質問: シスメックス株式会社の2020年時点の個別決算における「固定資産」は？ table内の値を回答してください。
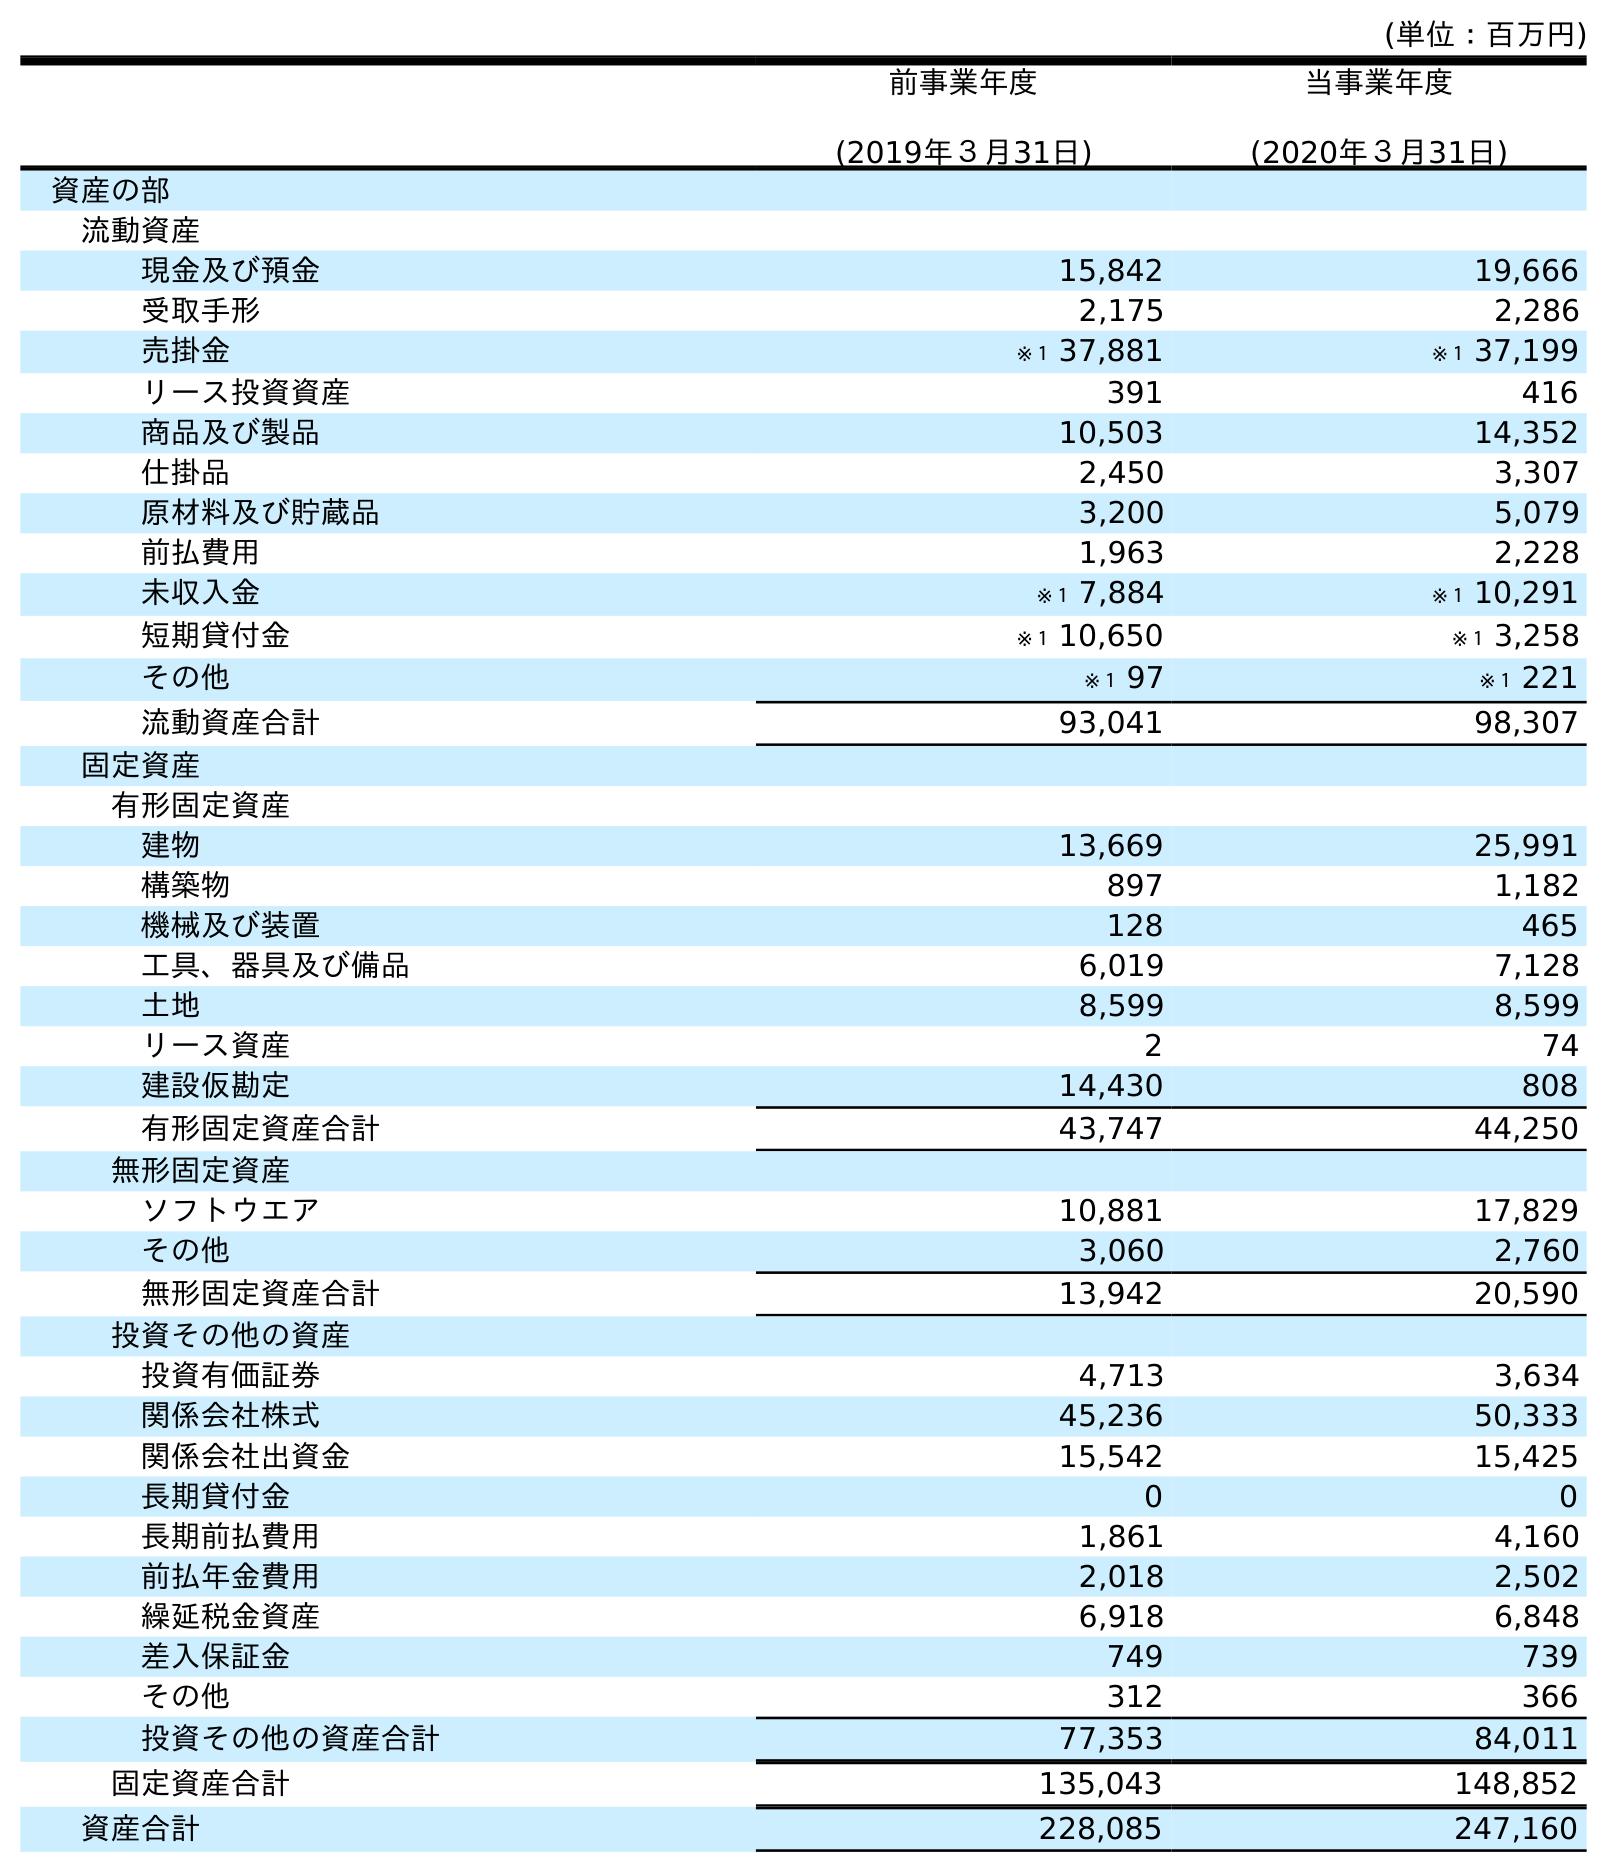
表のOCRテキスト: (単位：百万円) 前事業年度 (2019年３月31日) 当事業年度 (2020年３月31日) 資産の部 流動資産 現金及び預金 15,842 19,666 受取手形 2,175 2,286 売掛金 ※１ 37,881 ※１ 37,199 リース投資資産 391 416 商品及び製品 10,503 14,352 仕掛品 2,450 3,307 原材料及び貯蔵品 3,200 5,079 前払費用 1,963 2,228 未収入金 ※１ 7,884 ※１ 10,291 短期貸付金 ※１ 10,650 ※１ 3,258 その他 ※１ 97 ※１ 221 流動資産合計 93,041 98,307 固定資産 有形固定資産 建物 13,669 25,991 構築物 897 1,182 機械及び装置 128 465 工具、器具及び備品 6,019 7,128 土地 8,599 8,599 リース資産 2 74 建設仮勘定 14,430 808 有形固定資産合計 43,747 44,250 無形固定資産 ソフトウエア 10,881 17,829 その他 3,060 2,760 無形固定資産合計 13,942 20,590 投資その他の資産 投資有価証券 4,713 3,634 関係会社株式 45,236 50,333 関係会社出資金 15,542 15,425 長期貸付金 0 0 長期前払費用 1,861 4,160 前払年金費用 2,018 2,502 繰延税金資産 6,918 6,848 差入保証金 749 739 その他 312 366 投資その他の資産合計 77,353 84,011 固定資産合計 135,043 148,852 資産合計 228,085 247,160
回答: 148,852